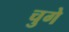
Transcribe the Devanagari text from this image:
चुगे